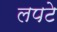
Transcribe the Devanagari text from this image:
लपटे